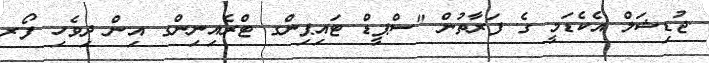
.ޖުޑިޝަލް އެކެޑަމީ ގެ ފަރާތުން "ސްޕީޑް ޓައިޕިންގ ޓްރެއިނިންގ އިން ދިވެހި ފޯރ